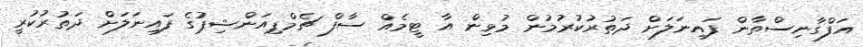
އަފްގާނިސްތާން ފައިނަލަށް ދަތުރުކުރުމުން މުޅިން އާ ޓީމެއް ސާފް ޗެމްޕިއަންޝިޕުގެ ފައިނަލަށް ދަތުރުކުރީ